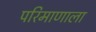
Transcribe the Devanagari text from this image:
परिमाणाला